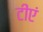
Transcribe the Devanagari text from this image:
टीएं